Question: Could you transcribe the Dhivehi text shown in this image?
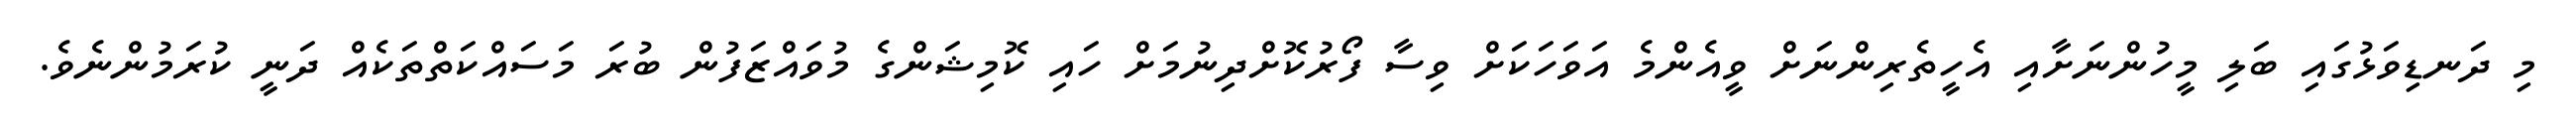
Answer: މި ދަނޑިވަޅުގައި ބަލި މީހުންނަށާއި އެހީތެރިންނަށް ވީއެންމެ އަވަހަކަށް ވިސާ ފޯރުކޮށްދިނުމަށް ހައި ކޮމިޝަންގެ މުވައްޒަފުން ބުރަ މަސައްކަތްތަކެއް ދަނީ ކުރަމުންނެވެ.